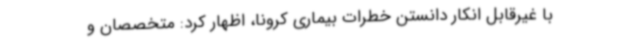
با غیرقابل انکار دانستن خطرات بیماری کرونا، اظهار کرد: متخصصان و